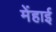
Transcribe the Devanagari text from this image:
मेंहाई